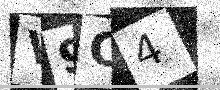
Text: V9C4